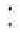
: